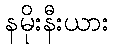
နမိုးနီးယား